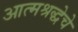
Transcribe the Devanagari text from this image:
आत्मश्रद्धेचे